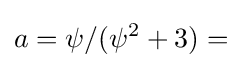
a=\psi /(\psi ^{2}+3)=